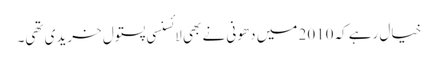
خیال رہے کہ2010 میں دھونی نے بھی لائسنسی پستول خریدی تھی۔